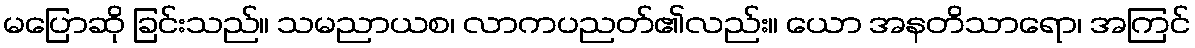
မပြောဆို ခြင်းသည်။ သမညာယစ၊ လာကပညတ်၏လည်း။ ယော အနတိသာရော၊ အကြင်